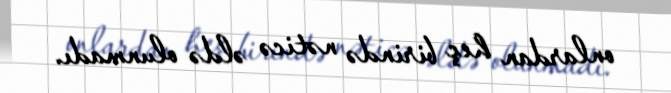
onlardan heç birində nəticə əldə olunmadı.